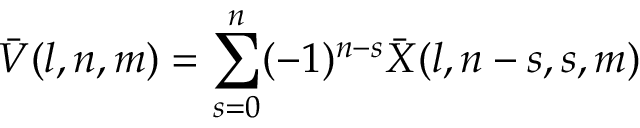
\bar { V } ( l , n , m ) = \sum _ { s = 0 } ^ { n } ( - 1 ) ^ { n - s } \bar { X } ( l , n - s , s , m )